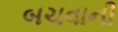
બચવાની